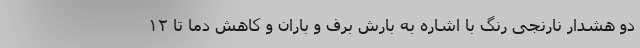
دو هشدار نارنجی رنگ با اشاره به بارش برف و باران و کاهش دما تا ۱۲